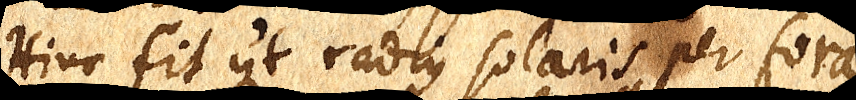
Hinc fit ut radius solaris per fora–